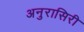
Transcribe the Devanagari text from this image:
अनुरासिरी